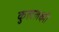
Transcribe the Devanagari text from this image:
कुललक्ष्मी